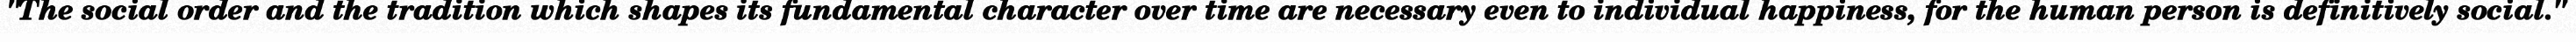
"The social order and the tradition which shapes its fundamental character over time are necessary even to individual happiness, for the human person is definitively social."